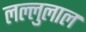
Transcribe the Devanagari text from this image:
लल्लुलाल